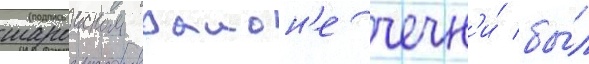
шароиском раион'е чечн'и́ бы́л